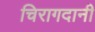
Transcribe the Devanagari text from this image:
चिरागदानी